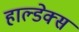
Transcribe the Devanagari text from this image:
हाल्डेक्स